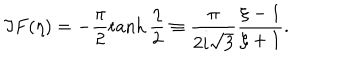
\Im F ( \eta ) = - \frac { \pi } { 2 } \tanh \frac { \eta } { 2 } \equiv \frac { \pi } { 2 i \sqrt { 3 } } \frac { \xi - 1 } { \xi + 1 } .